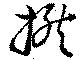
撚